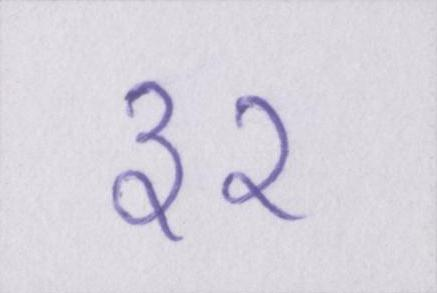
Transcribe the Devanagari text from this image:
३२